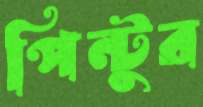
পিন্টুর